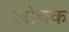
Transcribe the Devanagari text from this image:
खोचक